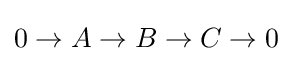
0\to A\to B\to C\to 0\